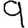
Digit: 9